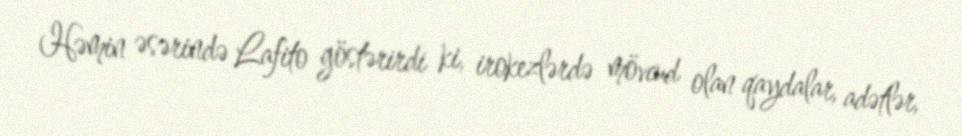
Həmin əsərində Lafito göstərirdi ki, irokezlərdə mövcud olan qaydalar, adətlər,